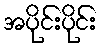
အပိုင်းပိုင်း